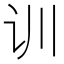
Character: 训